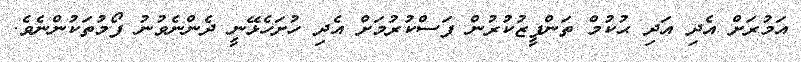
އަމުރަށް އެދި އަދި ޙުކުމް ތަންފީޒުކުރުން ފަސްކުރުމަށް އެދި ހުށަހެޅޭނީ ދެންނެވުނު ފޯމުތަކުންނެވެ.